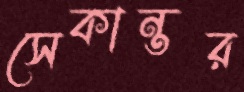
সেকান্তর